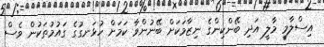
އިސްލާމީ މާލީ އަދި ބޭންކިންގެ ނިޒާމަކަށް ބޭނުންވާ ކަމަށް ހުޅަނގުގެ ގައުމުތަކުން ވެސް